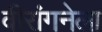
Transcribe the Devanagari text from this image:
वीरांगनेला